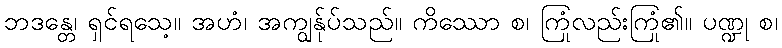
ဘဒန္တေ၊ ရှင်ရသေ့။ အဟံ၊ အကျွန်ုပ်သည်။ ကိဿော စ၊ ကြုံလည်းကြုံ၏။ ပဏ္ဍု စ၊